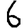
Digit: 6